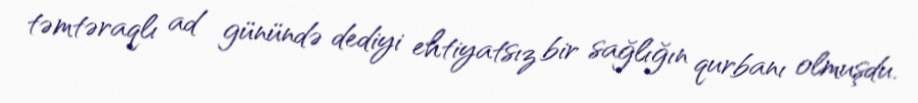
təmtəraqlı ad günündə dediyi ehtiyatsız bir sağlığın qurbanı olmuşdu.